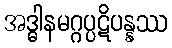
အဒ္ဓါနမဂ္ဂပ္ပဋိပန္နဿ